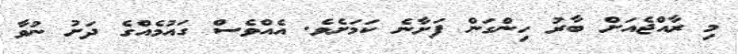
މި ރާއްޖެއަށް ބާރު ހިންގަން ފަށާނެ ކަމަށެވެ. އެއްވެސް ގައުމެއްގެ ދަށު ނުވާ